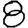
Digit: 8